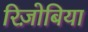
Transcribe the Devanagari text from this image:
रिज़ोबिया